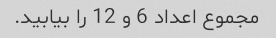
مجموع اعداد 6 و 12 را بیابید.